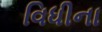
વિધીના